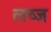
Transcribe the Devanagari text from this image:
लव्ज